Scottish Leaving Certificate Examination, 1957
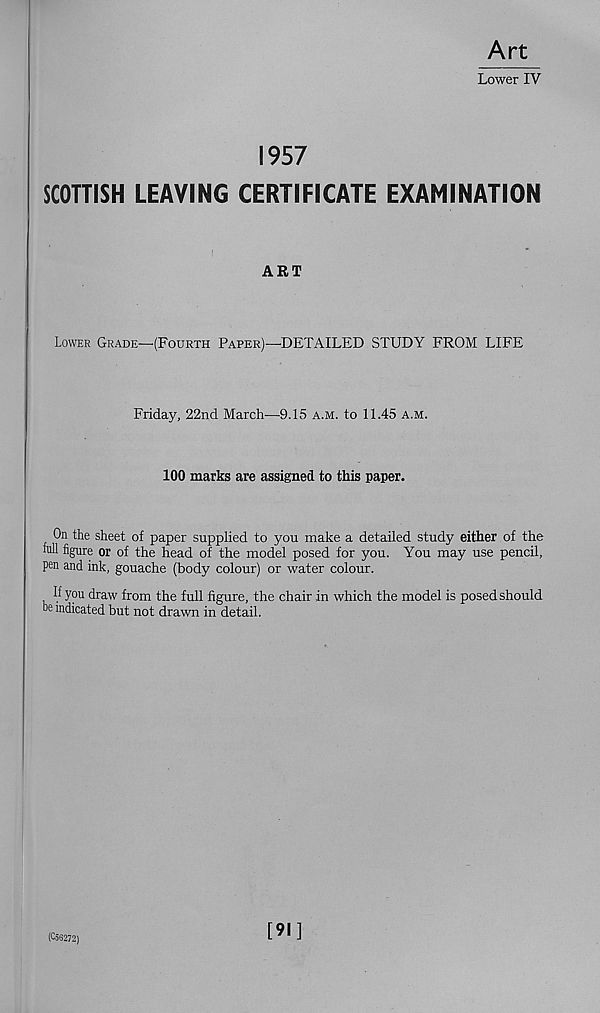
Art
Lower IV
1957
SCOTTISH LEAVING CERTIFICATE EXAMINATION
ART
Lower Grade—(Fourth Paper)—DETAILED STUDY FROM LIFE
Friday, 22nd March—9.15 a.m. to 11.45 a.m.
100 marks are assigned to this paper.
On the sheet of paper supplied to you make a detailed study either of the
Ml figure or of the head of the model posed for you. You may use pencil,
pen and ink, gouache (body colour) or water colour.
If you draw from the full figure, the chair in which the model is posed should
be indicated but not drawn in detail.
(056272)
[91]